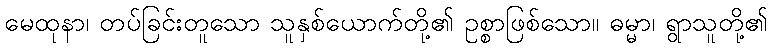
မေထုနာ၊ တပ်ခြင်းတူသော သူနှစ်ယောက်တို့၏ ဥစ္စာဖြစ်သော။ ဓမ္မာ၊ ရွာသူတို့၏